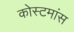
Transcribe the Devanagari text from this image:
कोस्टमांस